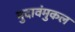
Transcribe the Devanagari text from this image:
मुदावंमुकल